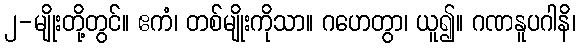
၂-မျိုးတို့တွင်။ ဧကံ၊ တစ်မျိုးကိုသာ။ ဂဟေတွာ၊ ယူ၍။ ဂဏနူပဂါနိ၊